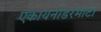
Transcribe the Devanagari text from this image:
एकायनोडरमाटा